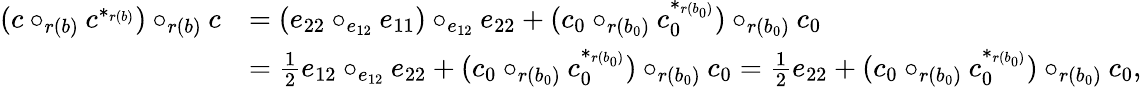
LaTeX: \begin{array}{rl}{(c\circ_{r(b)}c^{*_{r(b)}})\circ_{r(b)}c}&{=(e_{22}\circ_{e_{12}}e_{11})\circ_{e_{12}}e_{22}+(c_{0}\circ_{r(b_{0})}c_{0}^{*_{r(b_{0})}})\circ_{r(b_{0})}c_{0}}\\ &{=\frac 12e_{12}\circ_{e_{12}}e_{22}+(c_{0}\circ_{r(b_{0})}c_{0}^{*_{r(b_{0})}})\circ_{r(b_{0})}c_{0}=\frac 12e_{22}+(c_{0}\circ_{r(b_{0})}c_{0}^{*_{r(b_{0})}})\circ_{r(b_{0})}c_{0},}\end{array}